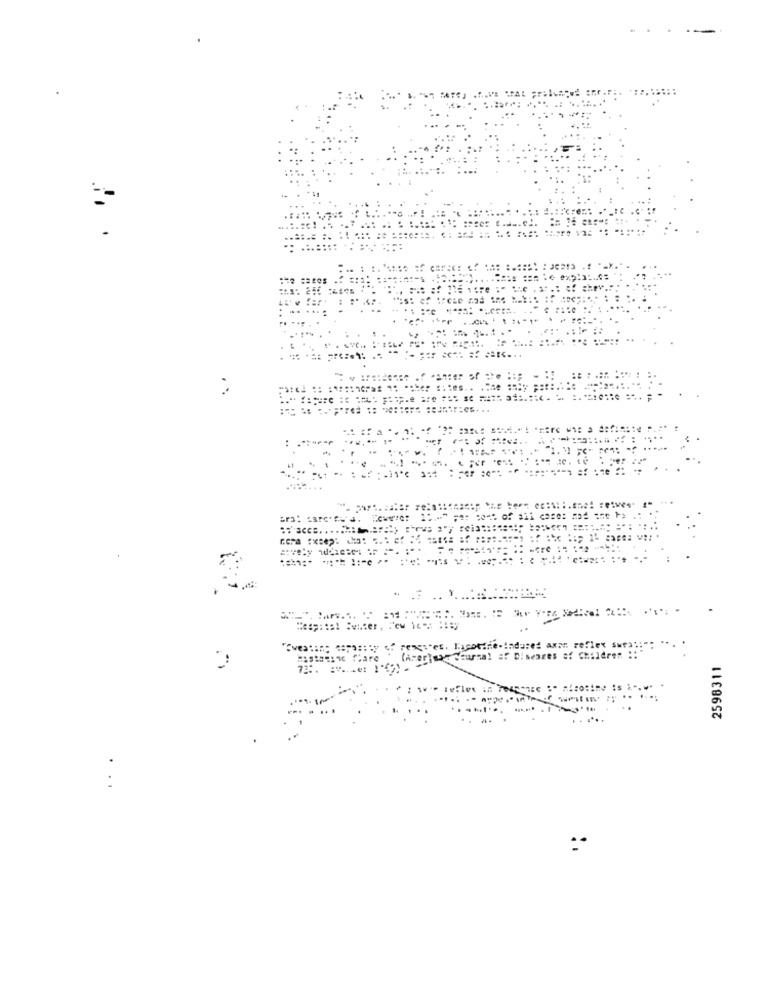
..
: .
. Hass . I Am VITA Medical Oll
eriny Ceurnal af Di
ares af Ch
idren :
2598311
leflex
..